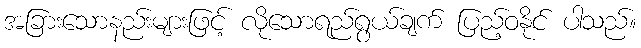
အခြားသောနည်းများဖြင့် လိုသောရည်ရွယ်ချက် ပြည့်ဝနိုင် ပါသည်။